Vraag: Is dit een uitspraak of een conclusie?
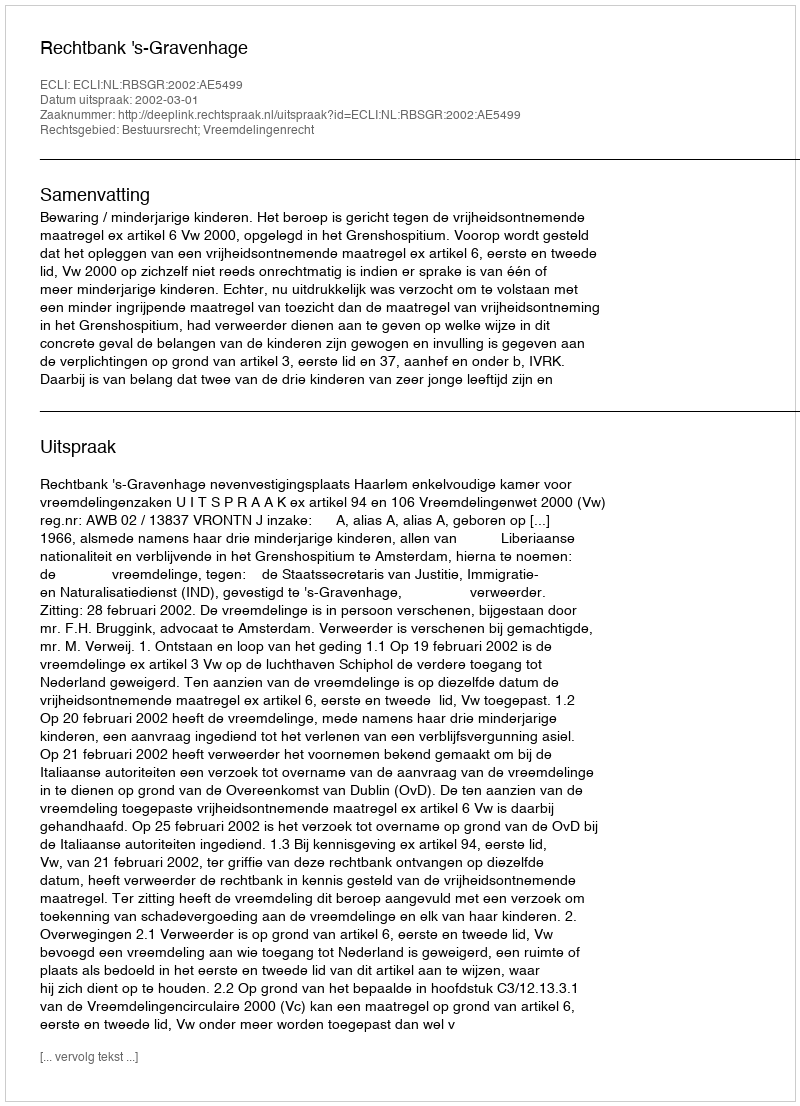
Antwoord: Uitspraak